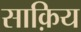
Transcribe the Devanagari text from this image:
साक़िय